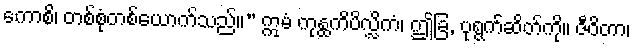
ကောစိ၊ တစ်စုံတစ်ယောက်သည်။” ဣမံ ကုန္ထကိပိလ္လိကံ၊ ဤခြ, ပုရွက်ဆိတ်ကို။ ဇီဝိတာ၊